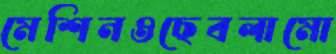
মেশিনওছেবলামো